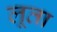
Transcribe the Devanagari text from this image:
लूता